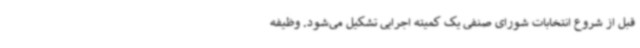
قبل از شروع انتخابات شورای صنفی یک کمیته اجرایی تشکیل می‌شود. وظیفه